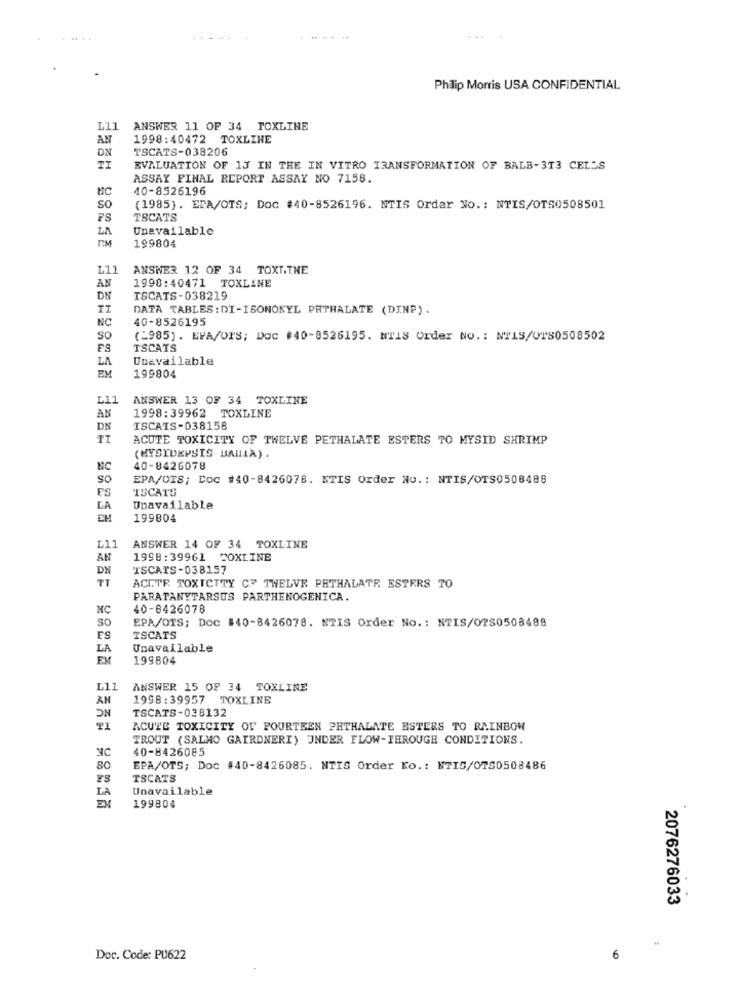
Philip Morris USA CONFIDENTIAL
L11
ANSWER 11 OF 34 FOXLINE
AN
1998:40472 TOXLINE
DN
TSCATS-038206
EVALUATION OF 1J IN THE IN VITRO TRANSFORMATION OF BALB-313 CELLS
ASSAY FINAL REPORT ASSAY NO 7158.
10-8526196
so
(1985). EPA/OTS; Doc #40-8526196. NTIS Order No .: NTIS/OTS0508501
FS
TSCATS
LA
Unavailable
FM
199804
L11
ANSWER 12 OF 34 TOXT.THE
AN
1998:40471 TOXLINE
DN
ISCATS-038219
DATA TABLES: DI-ISONOKYL PHTHALATE (DINP) .
NC
40-8526195
So
(=985) . EPA/OFS; Doc #40-8526195. NTIS Order No .: NTLS/UTS0508502
FS
TSCATS
LA
Unavailable
EM
199804
L11
ANSWER 13 OF 34 TOXLINE
AN
1998:39962 TOXLINE
DN
ISCAIS-038158
ACUTE TOXICITY OF TWELVE PETHALATE ESTERS TO MYSID SHRIMP
(MYSIDEPSIS BAHIA) .
NC
40-8426078
so
EPA/OTS; Doc #40-8426078. ETIS Order No .: NTIS/OTS0508488
FS
ISCATS
LA
Unavailable
EM
199804
L11
ANSWER 14 OF 34 TOXLINE
AN
1998:39961 FOXLINE
DN
TSCAIS-038157
TT
ACUTE TOXICITY CF TWELVE PRTHALATE ESTERS TO
PARATANYTARSUS PARTHENOGENICA.
NC
40-8426078
So
EPA/OTS; Doc #40-8426078. NTIS Order No .: NTIS/OTS0508488
ES
TSCATS
LA
Unavailable
EM
199804
L11
ANSWER 15 OF 34 TOXLINE
AN
NC
1998:39957 TOXLINE
TSCATS-038132
ACUTE TOXICITY OF FOURTEEN PHTHALATE ESTERS TO RAINBOW
TROUT (SALMO GAIRDNERI) UNDER FLOW-THROUGH CONDITIONS.
NC
40-8426085
SO
EPA/OTS; Doc #40-8426085. NTIS Order Ko .: NTIS/OTS0508486
TSCATS
LA
Unavailable
199804
2076276033
Doc. Code: PU622
6